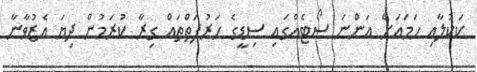
ކަކުލާއި ހަމައަށް އަންނަ ސޯޓެއްގައި ސިޑީގެ ހަރުފަތްތައް ގިރާ ކުރަމުން ދިޔަ އެޒުވާނާ